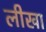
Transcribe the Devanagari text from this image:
लीखा